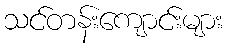
သင်တန်းကျောင်းများ